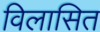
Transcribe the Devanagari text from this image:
विलासित